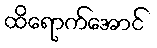
ထိရောက်အောင်